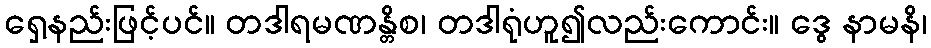
ရှေ့နည်းဖြင့်ပင်။ တဒါရမဏန္တိစ၊ တဒါရုံဟူ၍လည်းကောင်း။ ဒွေ နာမနိ၊